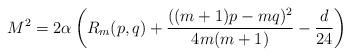
LaTeX: \begin{align*}M^2 = 2\alpha\left( R_m(p,q) + {((m+1)p - m q )^2 \over 4m(m+1)} - {d\over 24}\right)\end{align*}